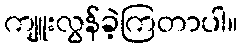
ကျူးလွန်ခဲ့ကြတာပါ။